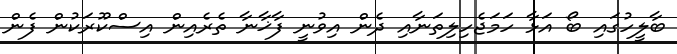
ބާލީހުގައި ބޯ އަޅާ ހަމަޖެހިލިތަނާއި ދެން އިވުނީ ފާޚާނާ ތެރެއިން އިސްކޫރަކުން ފެން